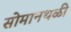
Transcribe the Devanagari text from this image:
सोमानथळी